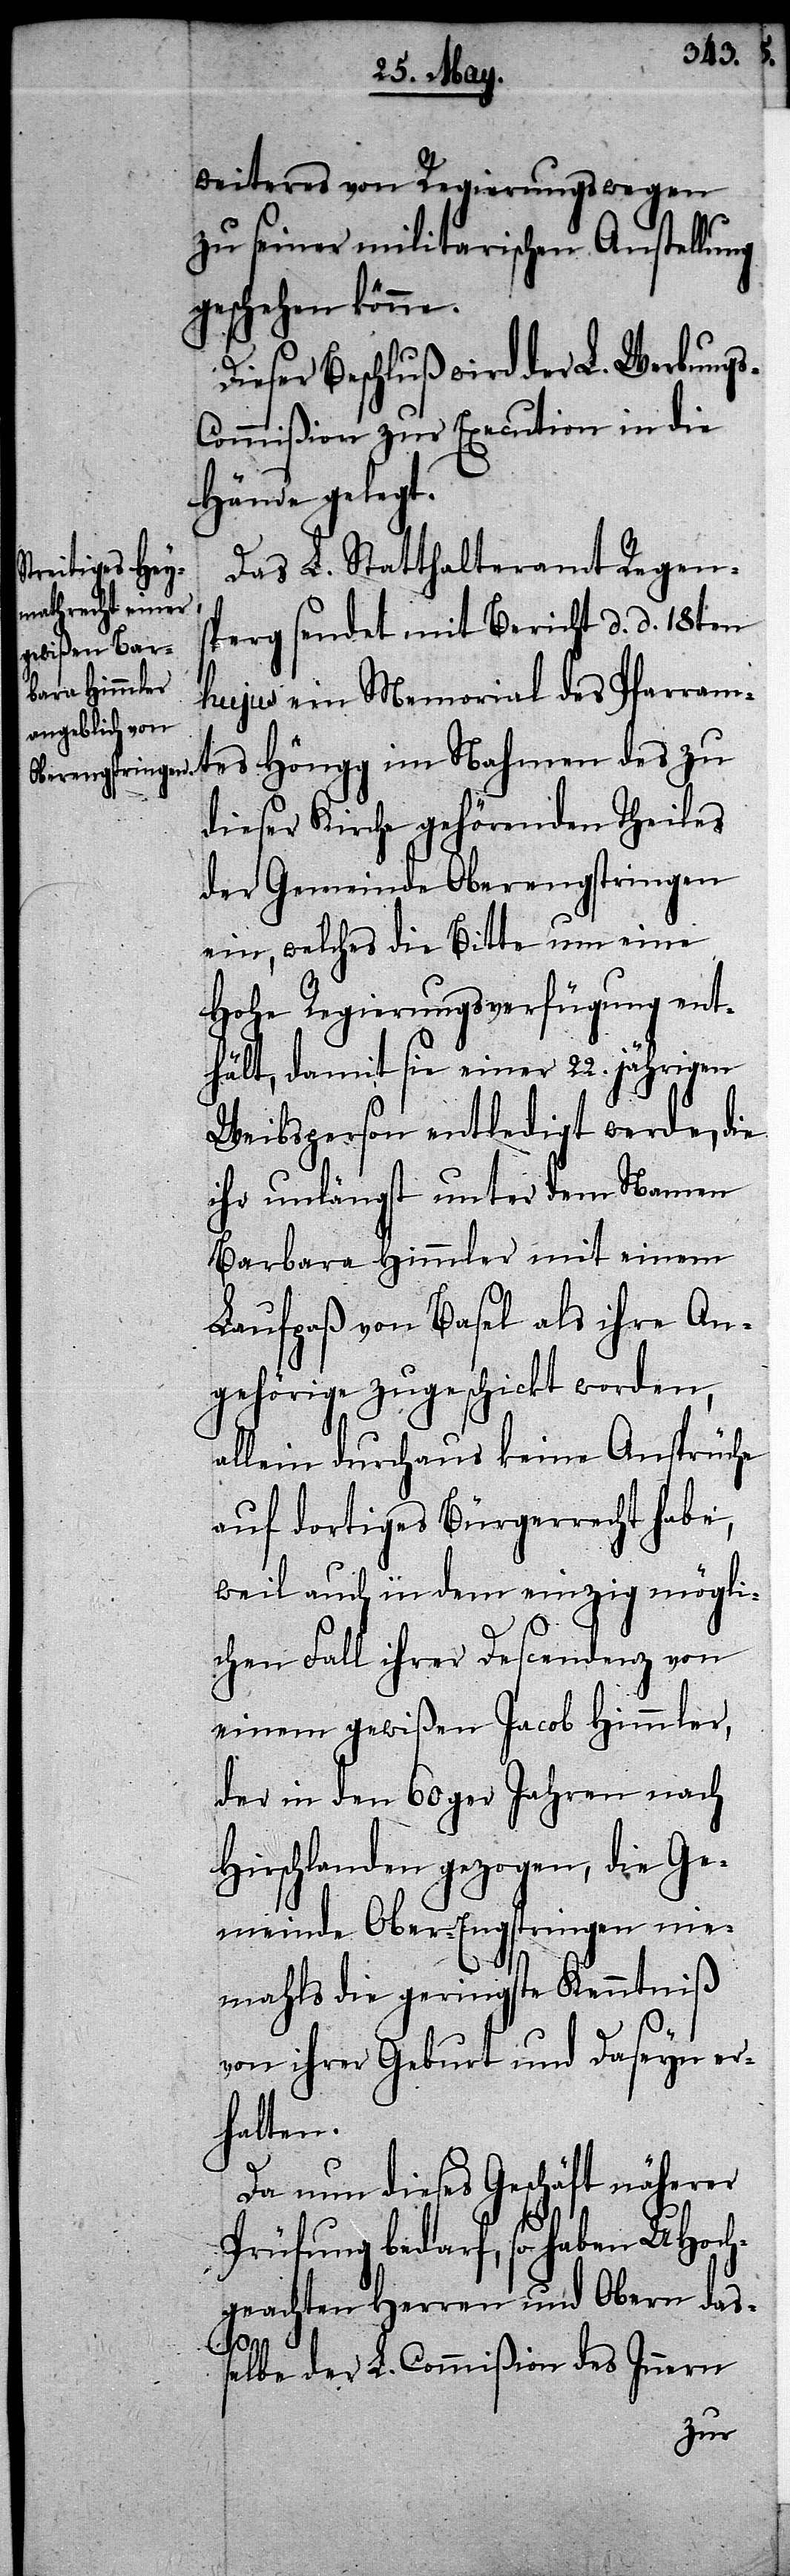
weiteres von Regierungswegen
zu seiner militarischen Anstellung
geschehen könne.
Dieser Beschluß wird der L. Werbung¬
ommißion zur Execution in die
Hände gelegt.
Das L. Statthalteramt Regen¬
sperg sendet mit Bericht d. d. 18ten
hujus ein Memorial des Pfarram¬
tes Höngg im Nahmen des zu
dieser Kirche gehörenden Theiles
der Gemeinde Oberengstringen
ein, welches die Bitte um eine
Hohe Regierungsverfügung ent¬
hält, damit sie einer 22. jährigen
Weibsperson entledigt werde, die
ihr unlängst unter dem Namen
Barbara Himmler mit einem
Laufpaß von Basel als ihre An¬
gehörige zugeschickt worden,
allein durchaus keine Ansprüche
auf dortiges Bürgerrecht habe,
weil auch in dem einzig mögli¬
chen Fall ihrer Descendenz von
einem gewißen Jacob Himmler,
der in den 60ger Jahren nach
Hirschlanden gezogen, die Ge¬
meinde Ober-Engstringen nie¬
mahls die geringste Kenntniß
von ihrer Geburt und Daseyn er¬
halten.
Da nun dieses Geschäft näherer
Prüfung bedarf, so haben UHoch¬
geachten Herren und Obern das¬
s-C¬
selbe der L. Commißion des Innern